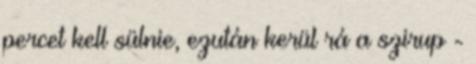
percet kell sülnie, ezután kerül rá a szirup -